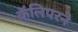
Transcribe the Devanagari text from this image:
कॅलिपरने